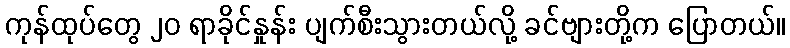
ကုန်ထုပ်တွေ ၂၀ ရာခိုင်နှုန်း ပျက်စီးသွားတယ်လို့ ခင်ဗျားတို့က ပြောတယ်။